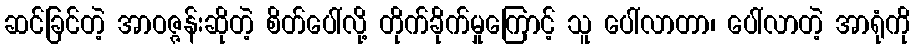
ဆင်ခြင်တဲ့ အာဝဇ္ဇန်းဆိုတဲ့ စိတ်ပေါ်လို့ တိုက်ခိုက်မှုကြောင့် သူ ပေါ်လာတာ၊ ပေါ်လာတဲ့ အာရုံကို